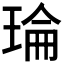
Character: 𤦎